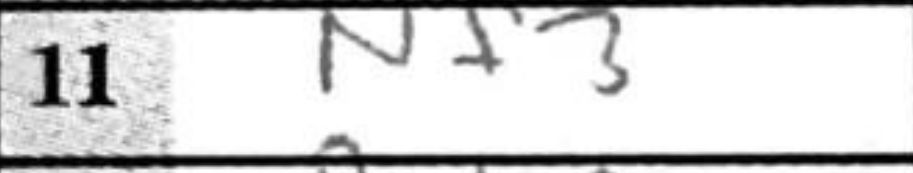
Transcription: Nf3